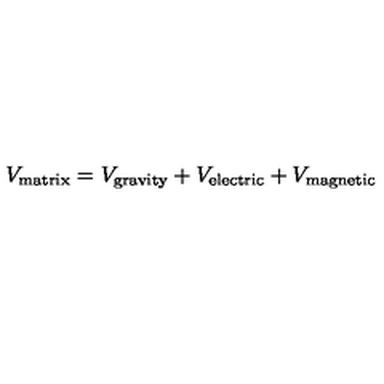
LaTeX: V _ { \mathrm { m a t r i x } } = V _ { \mathrm { g r a v i t y } } + V _ { \mathrm { e l e c t r i c } } + V _ { \mathrm { m a g n e t i c } }